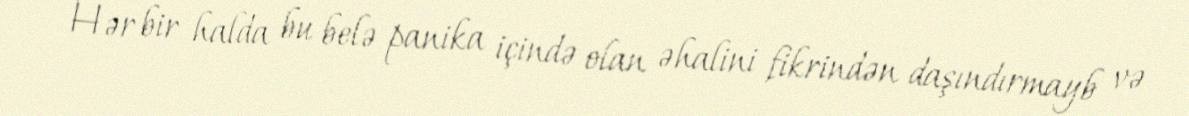
Hər bir halda bu belə panika içində olan əhalini fikrindən daşındırmayb və